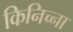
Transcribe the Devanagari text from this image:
किनिच्ना